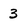
Character: 3